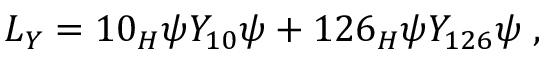
{ \cal L } _ { Y } = 1 0 _ { H } \psi Y _ { 1 0 } \psi + 1 2 6 _ { H } \psi Y _ { 1 2 6 } \psi \; ,